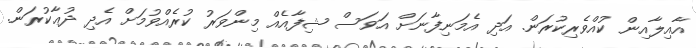
އާއިލާއިން ކުއްވެރިކުރަން. އަދި އެމަނިފާނަށް އަވަސް ޝިފާއެއް މިންވަރު ކުރެއްވުމަށް އެދި ދުޢާކުރަން.